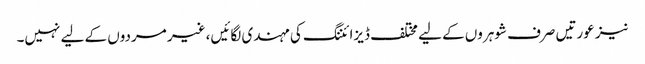
نیز عورتیں صرف شوہروں کے لیے مختلف ڈیزائننگ کی مہندی لگائیں، غیر مردوں کے لیے نہیں۔